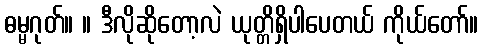
ဓမ္မဂုတ်။ ။ ဒီလိုဆိုတော့လဲ ယုတ္တိရှိပါပေတယ် ကိုယ်တော်။